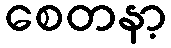
စေတနာ့